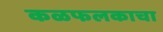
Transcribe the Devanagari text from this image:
कळफलकाचा